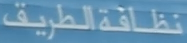
الطريق نظافة